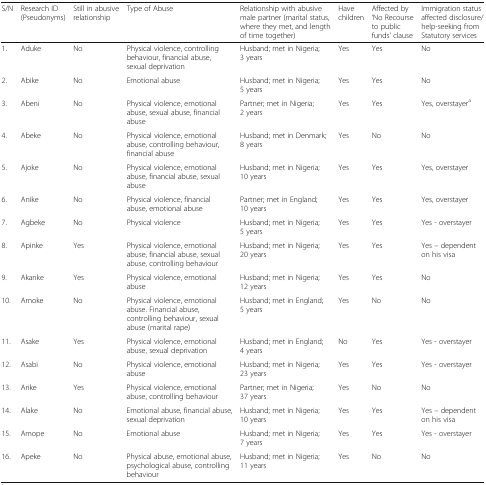
<table><thead><tr><td><b>S/N</b></td><td><b>Research ID (Pseudonyms)</b></td><td><b>Still in abusive relationship</b></td><td><b>Type of Abuse</b></td><td><b>Relationship with abusive male partner (marital status, where they met, and length of time together)</b></td><td><b>Have children</b></td><td><b>Affected by ‘No Recourse to public funds’ clause</b></td><td><b>Immigration status affected disclosure/help-seeking from Statutory services</b></td></tr></thead><tbody><tr><td>1.</td><td>Aduke</td><td>No</td><td>Physical violence, controlling behaviour, financial abuse, sexual deprivation</td><td>Husband; met in Nigeria; 3 years</td><td>Yes</td><td>Yes</td><td>No</td></tr><tr><td>2.</td><td>Abike</td><td>No</td><td>Emotional abuse</td><td>Husband; met in Nigeria; 5 years</td><td>Yes</td><td>Yes</td><td>No</td></tr><tr><td>3.</td><td>Abeni</td><td>No</td><td>Physical violence, emotional abuse, sexual abuse, financial abuse</td><td>Partner; met in Nigeria; 2 years</td><td>Yes</td><td>Yes</td><td>Yes, overstayer<sup>a</sup></td></tr><tr><td>4.</td><td>Abeke</td><td>No</td><td>Physical violence, emotional abuse, controlling behaviour, financial abuse</td><td>Husband; met in Denmark; 8 years</td><td>Yes</td><td>No</td><td>No</td></tr><tr><td>5.</td><td>Ajoke</td><td>No</td><td>Physical violence, emotional abuse, financial abuse, sexual abuse</td><td>Husband; met in Nigeria; 10 years</td><td>Yes</td><td>Yes</td><td>Yes, overstayer</td></tr><tr><td>6.</td><td>Anike</td><td>No</td><td>Physical violence, financial abuse, emotional abuse</td><td>Partner; met in England; 10 years</td><td>Yes</td><td>Yes</td><td>Yes, overstayer</td></tr><tr><td>7.</td><td>Agbeke</td><td>No</td><td>Physical violence</td><td>Husband; met in Nigeria; 5 years</td><td>Yes</td><td>Yes</td><td>Yes - overstayer</td></tr><tr><td>8.</td><td>Apinke</td><td>Yes</td><td>Physical violence, emotional abuse, financial abuse, sexual abuse, controlling behaviour</td><td>Husband; met in Nigeria; 20 years</td><td>Yes</td><td>Yes</td><td>Yes – dependent on his visa</td></tr><tr><td>9.</td><td>Akanke</td><td>Yes</td><td>Physical violence, emotional abuse</td><td>Husband; met in Nigeria; 12 years</td><td>Yes</td><td>Yes</td><td>No</td></tr><tr><td>10.</td><td>Amoke</td><td>No</td><td>Physical violence, emotional abuse. Financial abuse, controlling behaviour, sexual abuse (marital rape)</td><td>Husband; met in England; 5 years</td><td>Yes</td><td>No</td><td>No</td></tr><tr><td>11.</td><td>Asake</td><td>Yes</td><td>Physical violence, emotional abuse, sexual deprivation</td><td>Husband; met in England; 4 years</td><td>No</td><td>Yes</td><td>Yes - overstayer</td></tr><tr><td>12.</td><td>Asabi</td><td>No</td><td>Physical violence, emotional abuse</td><td>Husband; met in Nigeria; 23 years</td><td>Yes</td><td>Yes</td><td>Yes - overstayer</td></tr><tr><td>13.</td><td>Arike</td><td>Yes</td><td>Physical violence, emotional abuse, controlling behaviour</td><td>Partner; met in Nigeria; 37 years</td><td>Yes</td><td>No</td><td>No</td></tr><tr><td>14.</td><td>Alake</td><td>No</td><td>Emotional abuse, financial abuse, sexual deprivation</td><td>Husband; met in Nigeria; 10 years</td><td>Yes</td><td>Yes</td><td>Yes – dependent on his visa</td></tr><tr><td>15.</td><td>Amope</td><td>No</td><td>Emotional abuse</td><td>Husband; met in Nigeria; 7 years</td><td>Yes</td><td>Yes</td><td>Yes - overstayer</td></tr><tr><td>16.</td><td>Apeke</td><td>No</td><td>Physical abuse, emotional abuse, psychological abuse, controlling behaviour</td><td>Husband; met in Nigeria; 11 years</td><td>Yes</td><td>No</td><td>No</td></tr></tbody></table>